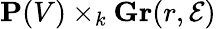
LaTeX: \mathbf{P}(V)\times_{k}\mathbf{Gr}(r,{\mathcal{E}})